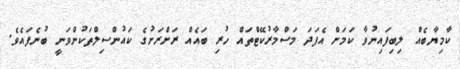
ކާމިޔާބެއް ލިބިފައިނުވާ ކަމަށް އެފަދަ މަސްމާރުކޭޓްތައް ހުރި ބައެއް ރަށްރަށުގެ ކައުންސިލްތަކުންވަނީ ބުނެފައެވެ.